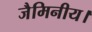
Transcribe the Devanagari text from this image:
जैमिनीय।